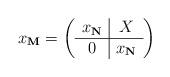
LaTeX: \begin{align*}x_{\mathbf{M}}=\left(\begin{array}{c|c}x_{\mathbf{N}}&X\\\hline 0&x_{\mathbf{N}}\end{array}\right)\end{align*}